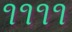
૧૧૧૧